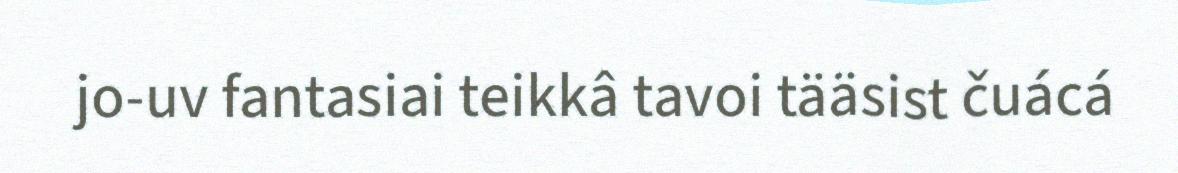
jo-uv fantasiai teikkâ tavoi tääsist čuácá